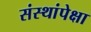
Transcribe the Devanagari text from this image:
संस्थांपेक्षा